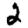
Digit: 2